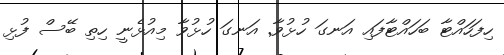
ހިފަހައްޓާ ބަހައްޓާފައި އަނގަ ހުޅުވާ